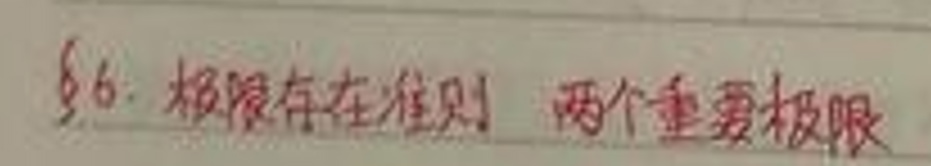
$\S6.$ 极限存在准则 两个重要极限